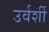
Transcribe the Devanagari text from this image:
उर्वर्शी